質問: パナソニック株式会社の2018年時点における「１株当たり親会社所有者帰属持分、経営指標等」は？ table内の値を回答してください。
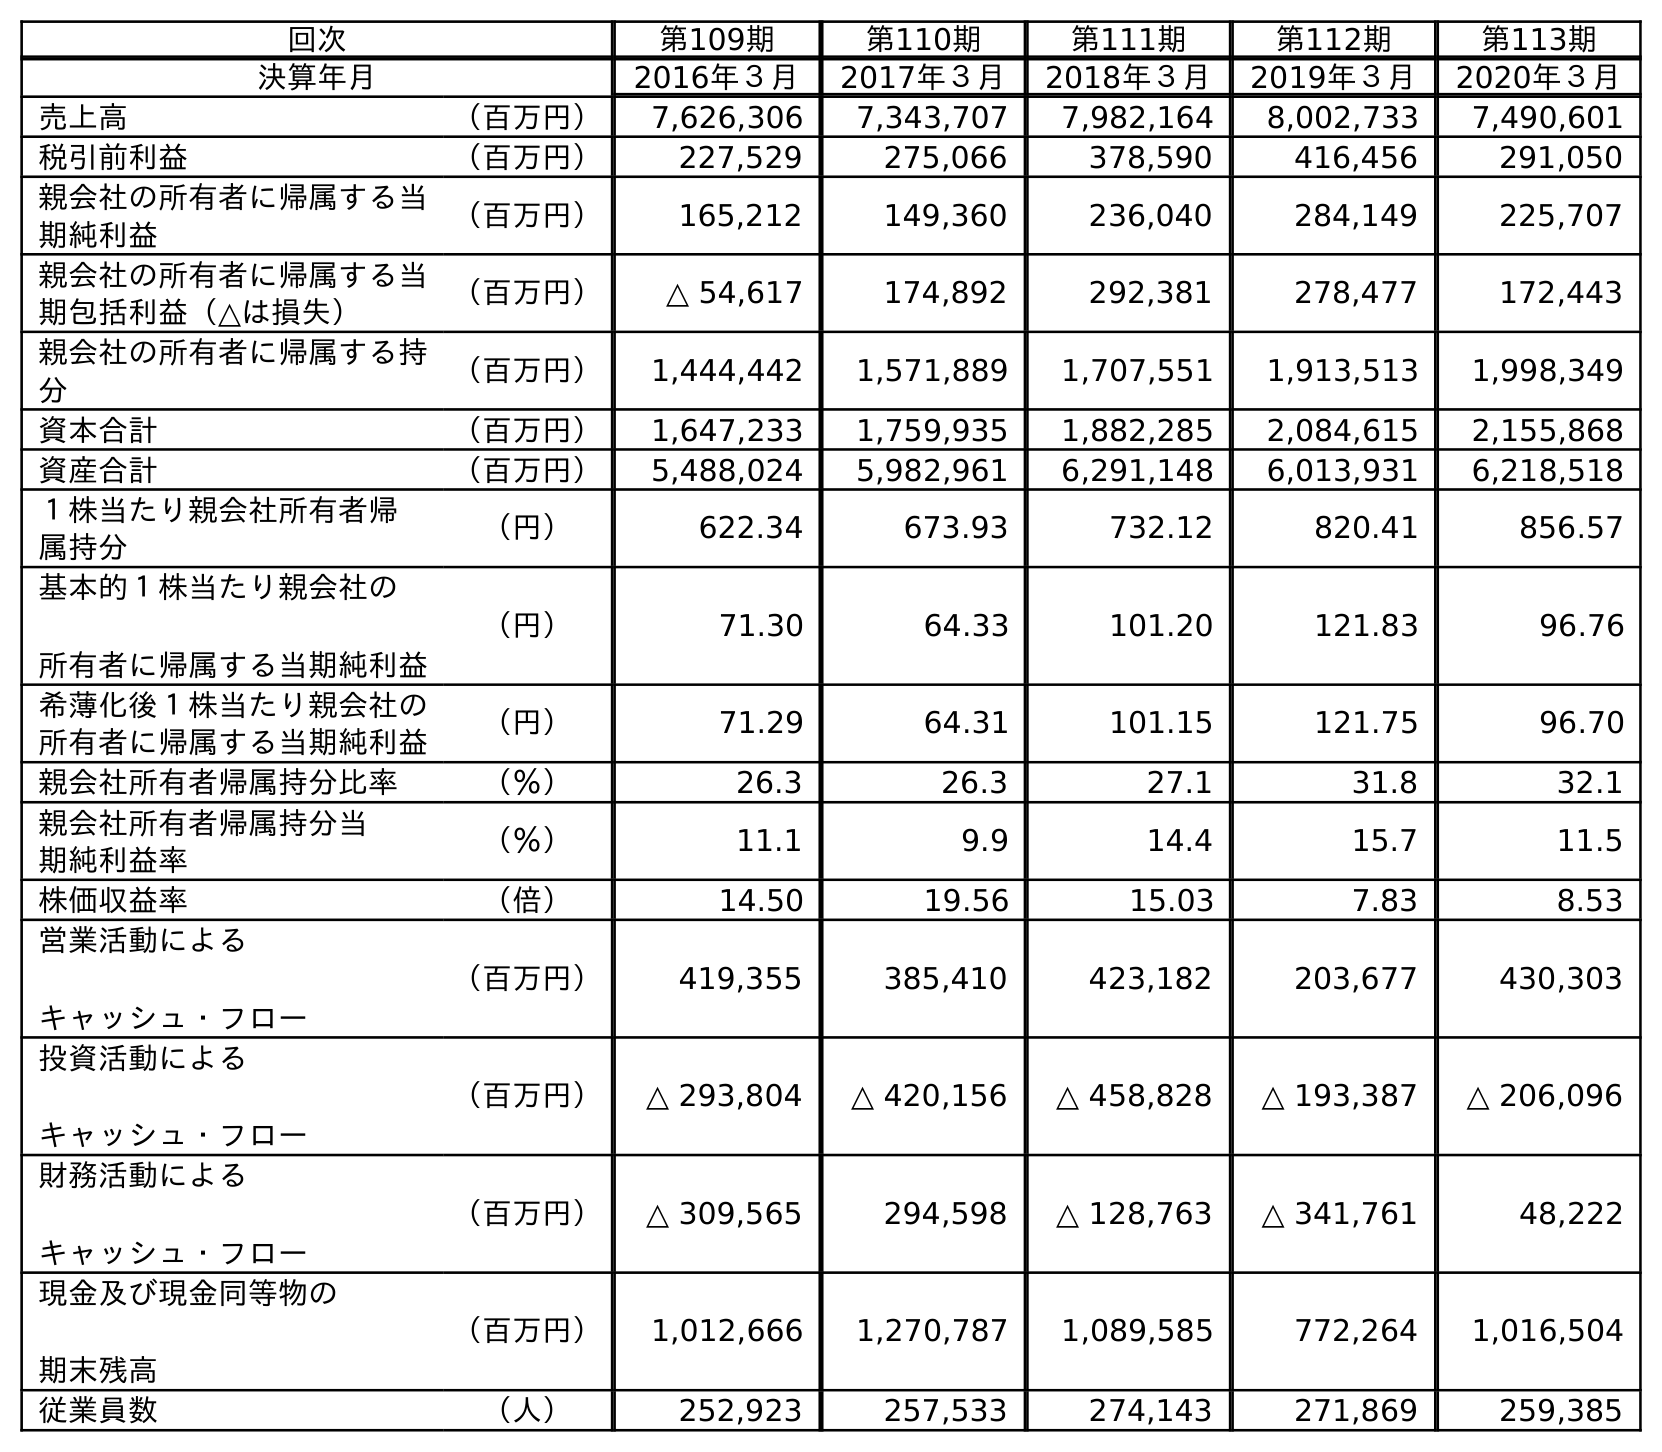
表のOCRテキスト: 回次 第109期 第110期 第111期 第112期 第113期 決算年月 2016年３月 2017年３月 2018年３月 2019年３月 2020年３月 売上高 （百万円） 7,626,306 7,343,707 7,982,164 8,002,733 7,490,601 税引前利益 （百万円） 227,529 275,066 378,590 416,456 291,050 親会社の所有者に帰属する当 期純利益 （百万円） 165,212 149,360 236,040 284,149 225,707 親会社の所有者に帰属する当 期包括利益（△は損失） （百万円） △ 54,617 174,892 292,381 278,477 172,443 親会社の所有者に帰属する持 分 （百万円） 1,444,442 1,571,889 1,707,551 1,913,513 1,998,349 資本合計 （百万円） 1,647,233 1,759,935 1,882,285 2,084,615 2,155,868 資産合計 （百万円） 5,488,024 5,982,961 6,291,148 6,013,931 6,218,518 １株当たり親会社所有者帰 属持分 （円） 622.34 673.93 732.12 820.41 856.57 基本的１株当たり親会社の 所有者に帰属する当期純利益 （円） 71.30 64.33 101.20 121.83 96.76 希薄化後１株当たり親会社の 所有者に帰属する当期純利益 （円） 71.29 64.31 101.15 121.75 96.70 親会社所有者帰属持分比率 （％） 26.3 26.3 27.1 31.8 32.1 親会社所有者帰属持分当 期純利益率 （％） 11.1 9.9 14.4 15.7 11.5 株価収益率 （倍） 14.50 19.56 15.03 7.83 8.53 営業活動による キャッシュ・フロー （百万円） 419,355 385,410 423,182 203,677 430,303 投資活動による キャッシュ・フロー （百万円） △ 293,804 △ 420,156 △ 458,828 △ 193,387 △ 206,096 財務活動による キャッシュ・フロー （百万円） △ 309,565 294,598 △ 128,763 △ 341,761 48,222 現金及び現金同等物の 期末残高 （百万円） 1,012,666 1,270,787 1,089,585 772,264 1,016,504 従業員数 （人） 252,923 257,533 274,143 271,869 259,385
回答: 732.12